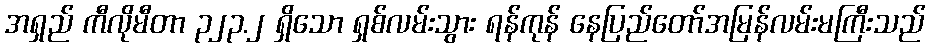
အရှည် ကီလိုမီတာ ၃၂၃.၂ ရှိသော ရှစ်လမ်းသွား ရန်ကုန် နေပြည်တော်အမြန်လမ်းမကြီးသည်